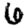
Digit: 6